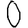
Digit: 0